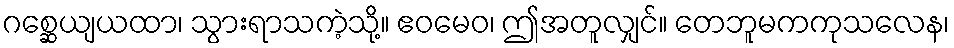
ဂစ္ဆေယျယထာ၊ သွားရာသကဲ့သို့။ ဧဝမေဝ၊ ဤအတူလျှင်။ တေဘူမကကုသလေန၊